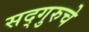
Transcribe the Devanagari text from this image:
सद्गुरुचे